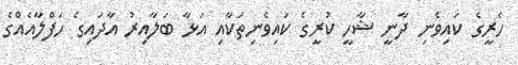
ހެރީގެ ކައިވެނި ދާނީ ޝާހީ ކުރީގެ ކައިވެނިތަކާއި އަޅާ ބަލާއިރު އާދައިގެ ހަފްލާއެއްގެ